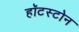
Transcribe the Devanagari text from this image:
हॉटस्टोन